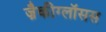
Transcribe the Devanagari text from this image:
ज़ैकीग्लॉसस